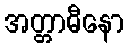
အတ္တာဓီနော